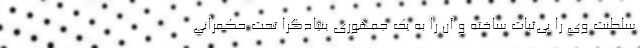
سلطنت وی را بی‌ثبات ساخته و آن را به یک جمهوری بنیادگرا تحت حکمرانی